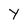
Character: Y